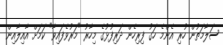
ސަލާމަތުން ހުރި އެންމެ ހަގު ފިރިހެން ދަރިފުޅުގެ މިހާރު "މަރުވެފައިވާ" ކަމަށް އާއިލާއިން